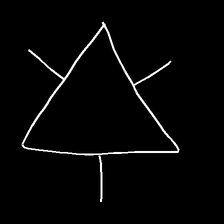
Glyph: fire